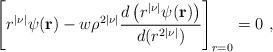
LaTeX: \begin{align*}\left[r^{|\nu|} \psi({\bf r}) - w \rho^{2 |\nu|}{d\left(r^{|\nu|} \psi ({\bf r})\right)\over d (r^{2 |\nu|})}\right]_{r=0}=0 ~,\end{align*}